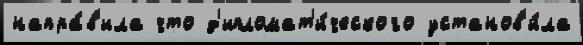
напра́в'ила что д'ипломат'и́ческого установ'и́ла